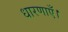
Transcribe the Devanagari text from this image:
धारणाएँ।